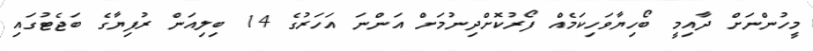
މީހުންނަށް ދާއިމީ ބޯހިޔާވަހިކަމެއް ފޯރުކޮށްދިނުމަށް އަންނަ އަހަރުގެ 14 ބިލިއަން ރުފިޔާގެ ބަޖެޓުގައި